Report on horse surra - Volume I
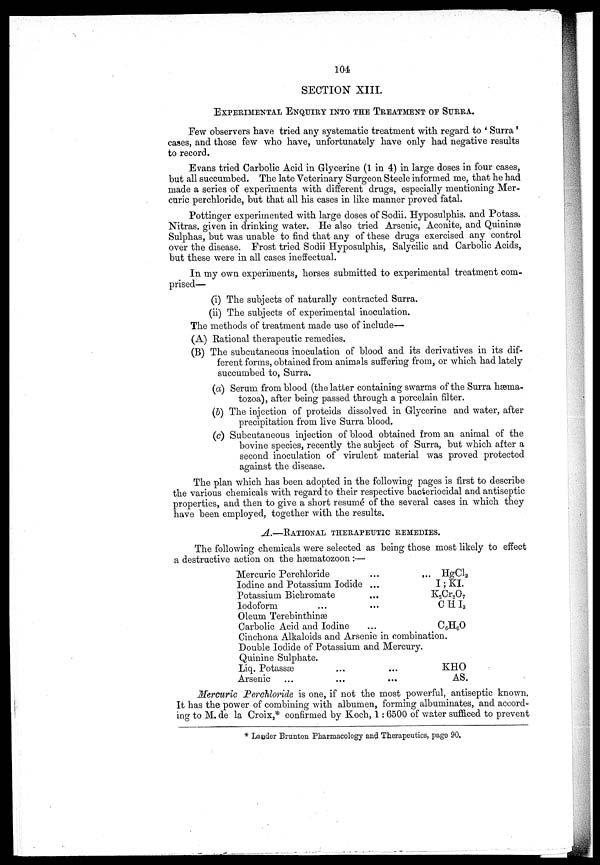
104
SECTION XIII.
EXPERIMENTAL ENQUIRY INTO THE TREATMENT OF SURRA.
Few observers have tried any systematic treatment with regard to ' Surra'
cases, and those few who have, unfortunately have only had negative results
to record.
Evans tried Carbolic Acid in Glycerine (1 in 4) in large doses in four cases,
but all succumbed. The late Veterinary Surgeon Steele informed me, that he had
made a series of experiments with different drugs, especially mentioning Mer-
curic perchloride, but that all his cases in like manner proved fatal.
Pottinger experimented with large doses of Sodii. Hyposulphis. and Potass.
Nitras. given in drinking water. He also tried Arsenic, Aconite, and Quininœ
Sulphas, but was unable to find that any of these drugs exercised any control
over the disease. Frost tried Sodii Hyposulphis, Salycilic and Carbolic Acids,
but these were in all cases ineffectual.
In my own experiments, horses submitted to experimental treatment com-
prised—
(i) The subjects of naturally contracted Surra,
(ii) The subjects of experimental inoculation.
The methods of treatment made use of include—
(A) Rational therapeutic remedies.
(B) The subcutaneous inoculation of blood and its derivatives in its dif-
ferent forms, obtained from animals suffering from, or which had lately
succumbed to, Surra.
(a) Serum from blood (the latter containing swarms of the Surra hæma-
tozoa), after being passed through a porcelain filter.
(6) The injection of proteids dissolved in Glycerine and water, after
precipitation from live Surra blood.
(c) Subcutaneous injection of blood obtained from an animal of the
bovine species, recently the subject of Surra, but which after a
second inoculation of virulent material was proved protected
against the disease.
The plan which has been adopted in the following pages is first to describe
the various chemicals with regard to their respective bacteriocidal and antiseptic
properties, and then to give a short resumé of the several cases in which they
have been employed, together with the results.
A.—RATIONAL THERAPEUTIC REMEDIES.
The following chemicals were selected as being those most likely to effect
a destructive action on the hématozoon:—
Mercuric Perchloride
...
...
HgCl 2
Iodine and Potassium Iodide ...
I; KI
Potassium Bichromate
...
K 2 Cr 2 O 7
Iodoform
...
...
CHI 3
Oleum Terebinthinse
Carbolic Acid and Iodine
...
C 6 H 6 O
Cinchona Alkaloids and Arsenic in combination.
Double Iodide of Potassium and Mercury.
Quinine Sulphate.
Liq. Potassse
...
...
KHO
Arsenic ...
...
...
AS.
Mercuric Perchloride is one, if not the most powerful, antiseptic known,
It has the power of combining with albumen, forming albuminates, and accord-'
ing to M. de la Croix,* confirmed by Koch, 1:6500 of water sufficed to prevent
* Lauder Brunton Pharmacology and Therapeutics, page 90,